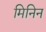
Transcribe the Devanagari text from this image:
मिनिन